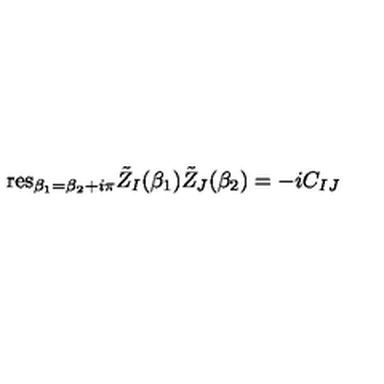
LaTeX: \mathrm { r e s } _ { \beta _ { 1 } = \beta _ { 2 } + i \pi } { \tilde { Z } } _ { I } ( \beta _ { 1 } ) { \tilde { Z } } _ { J } ( \beta _ { 2 } ) = - i C _ { I J }